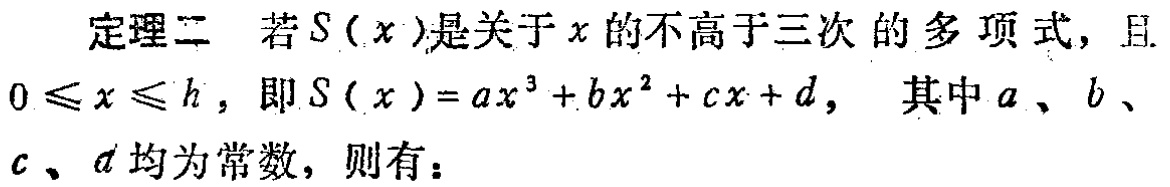
定理二 若\(S(x)\)是关于\(x\)的不高于三次的多项式，且\(0\leqslant x\leqslant h\)，即\(S(x)=ax^{3}+bx^{2}+cx + d\)， 其中\(a\)、\(b\)、\(c\)、\(d\)均为常数，则有：